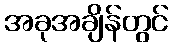
အခုအချိန်တွင်